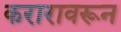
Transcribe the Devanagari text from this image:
करारावरून